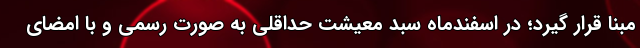
مبنا قرار گیرد؛ در اسفندماه سبد معیشت حداقلی به صورت رسمی و با امضای